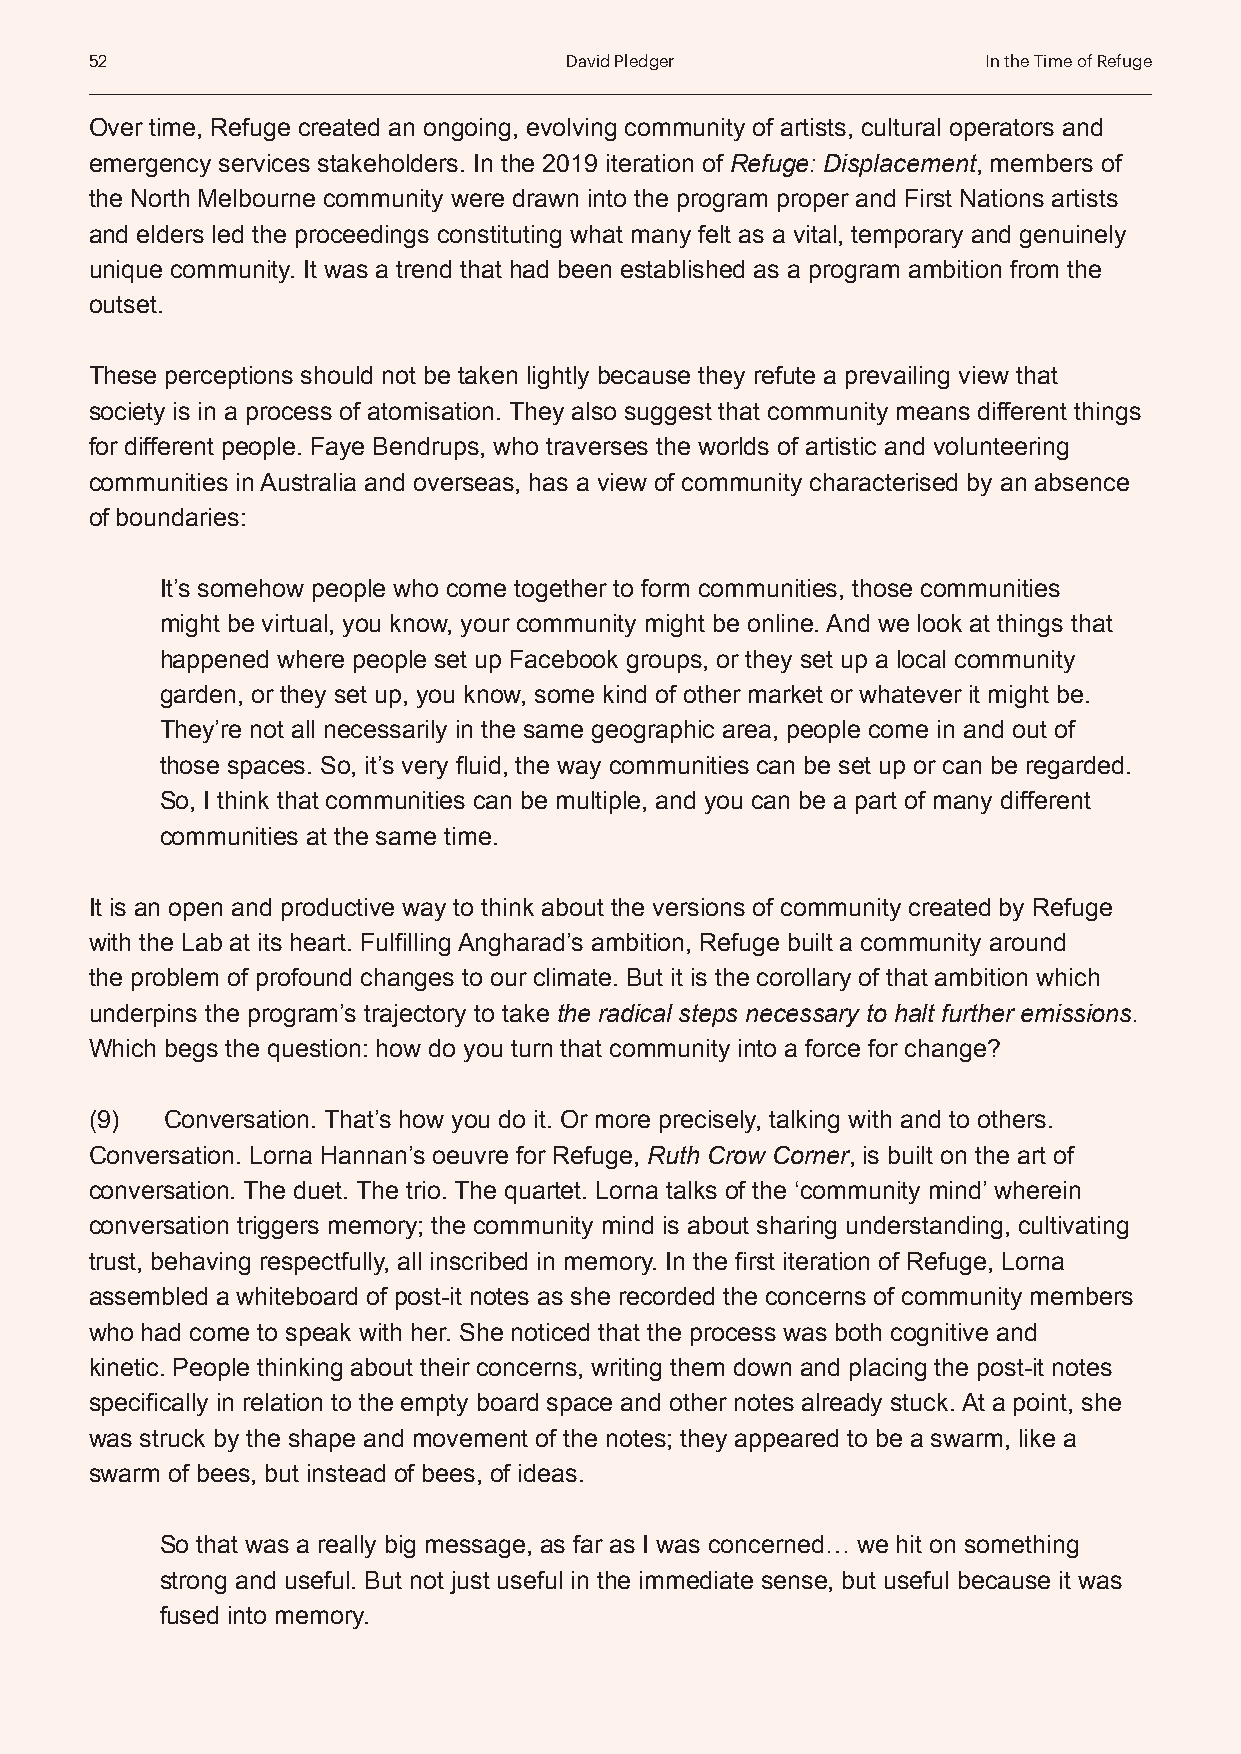
52                             David Pledger               In the Time of Refuge
 Over time, Refuge created an ongoing, evolving community of artists, cultural operators and
 emergency services stakeholders. In the 2019 iteration of Refuge: Displacement, members of
 the North Melbourne community were drawn into the program proper and First Nations artists
 and elders led the proceedings constituting what many felt as a vital, temporary and genuinely
 unique community. It was a trend that had been established as a program ambition from the
 outset.
 These perceptions should not be taken lightly because they refute a prevailing view that
 society is in a process of atomisation. They also suggest that community means different things
 for different people. Faye Bendrups, who traverses the worlds of artistic and volunteering
 communities in Australia and overseas, has a view of community characterised by an absence
 of boundaries:
 It’s somehow people who come together to form communities, those communities
 might be virtual, you know, your community might be online. And we look at things that
 happened where people set up Facebook groups, or they set up a local community
 garden, or they set up, you know, some kind of other market or whatever it might be.
 They’re not all necessarily in the same geographic area, people come in and out of
 those spaces. So, it’s very fluid, the way communities can be set up or can be regarded.
 So, I think that communities can be multiple, and you can be a part of many different
 communities at the same time.
 It is an open and productive way to think about the versions of community created by Refuge
 with the Lab at its heart. Fulfilling Angharad’s ambition, Refuge built a community around
 the problem of profound changes to our climate. But it is the corollary of that ambition which
 underpins the program’s trajectory to take the radical steps necessary to halt further emissions.
 Which begs the question: how do you turn that community into a force for change?
 (9)  Conversation. That’s how you do it. Or more precisely, talking with and to others.
 Conversation. Lorna Hannan’s oeuvre for Refuge, Ruth Crow Corner, is built on the art of
 conversation. The duet. The trio. The quartet. Lorna talks of the ‘community mind’ wherein
 conversation triggers memory; the community mind is about sharing understanding, cultivating
 trust, behaving respectfully, all inscribed in memory. In the first iteration of Refuge, Lorna
 assembled a whiteboard of post-it notes as she recorded the concerns of community members
 who had come to speak with her. She noticed that the process was both cognitive and
 kinetic. People thinking about their concerns, writing them down and placing the post-it notes
 specifically in relation to the empty board space and other notes already stuck. At a point, she
 was struck by the shape and movement of the notes; they appeared to be a swarm, like a
 swarm of bees, but instead of bees, of ideas.
 So that was a really big message, as far as I was concerned… we hit on something
 strong and useful. But not just useful in the immediate sense, but useful because it was
 fused into memory.